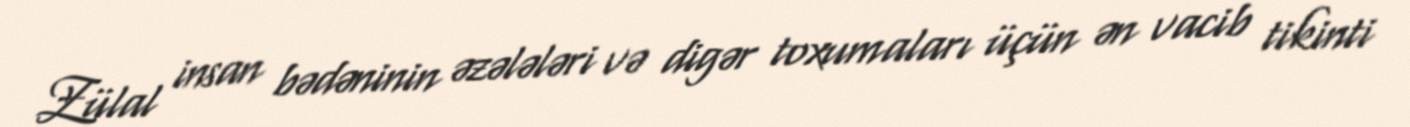
Zülal insan bədəninin əzələləri və digər toxumaları üçün ən vacib tikinti